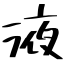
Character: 液